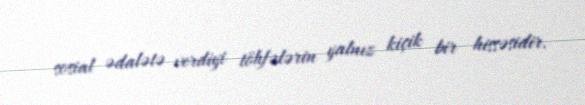
sosial ədalətə verdiyi töhfələrin yalnız kiçik bir hissəsidir.